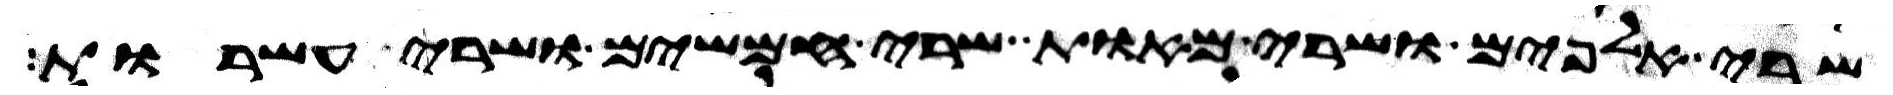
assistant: שרי אלפים ושרי מאות שרי חמשים ושרי עשרות